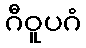
ဂီဝူပဂံ